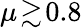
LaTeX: \mu\! \gtrsim\! 0.8